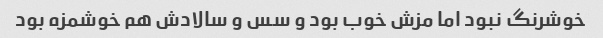
خوشرنگ نبود اما مزش خوب بود و سس و سالادش هم خوشمزه بود